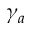
\gamma _ { a }